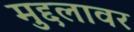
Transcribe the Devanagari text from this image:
मुद्दलावर